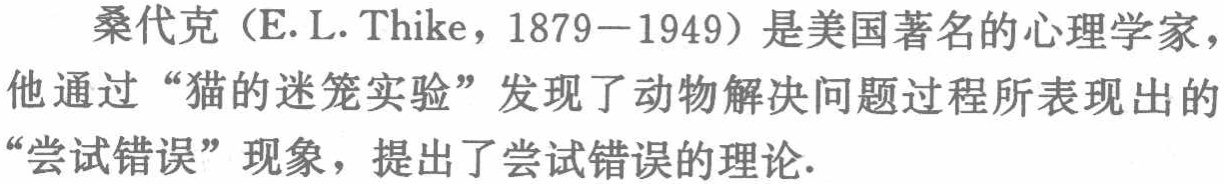
桑代克（E. L. Thike，1879—1949）是美国著名的心理学家，他通过“猫的迷笼实验”发现了动物解决问题过程所表现出的“尝试错误”现象，提出了尝试错误的理论.